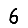
Digit: 6